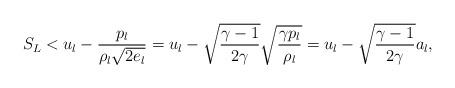
LaTeX: \begin{align*}S_L<u_l-\frac{p_l}{\rho_l\sqrt{2e_l}}=u_l-\sqrt{\frac{\gamma-1}{2\gamma}}\sqrt{\frac{\gamma p_l}{\rho_l}}= u_l-\sqrt{\frac{\gamma-1}{2\gamma}}a_l,\end{align*}